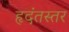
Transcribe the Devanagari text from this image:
हृदंतस्तर